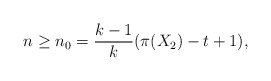
\begin{align*} n \geq n_0 = \frac{k-1}{k} ( \pi(X_2) - t + 1),\end{align*}